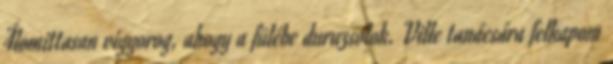
Álomittasan vigyorog, ahogy a fülébe duruzsolok. Ville tanácsára felkapom